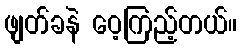
ဖျတ်ခနဲ ဝေ့ကြည့်တယ်။